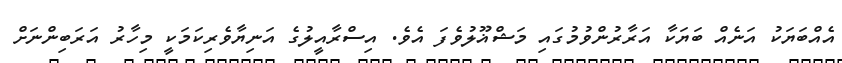
އެއްބަޔަކު އަނެއް ބަޔަކާ އަރާރުންވުމުގައި މަޝްޣޫލުވެފަ އެވެ. އިސްރާއީލުގެ އަނިޔާވެރިކަމަކީ މިހާރު އަރަބިންނަށް